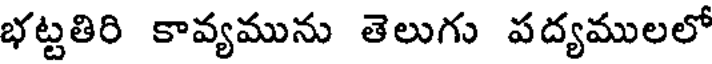
భట్టతిరి కావ్యమును తెలుగు పద్యములలో